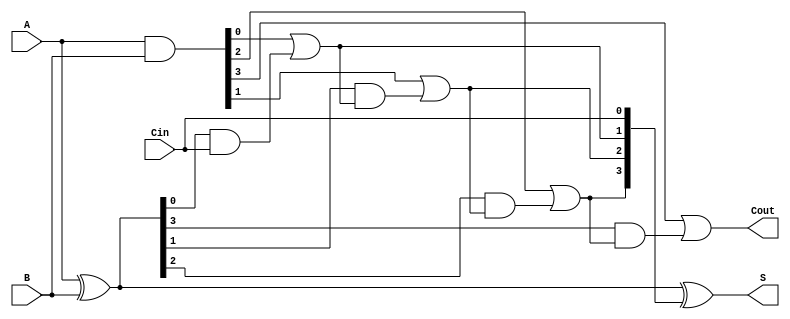
module ling_adder #(parameter n = 4) (
    input [n-1:0] A,    // First n-bit input
    input [n-1:0] B,    // Second n-bit input
    input Cin,          // Carry-in
    output [n-1:0] S,   // n-bit sum output
    output Cout         // Carry-out
);
    // Generate and propagate signals
    wire [n-1:0] G;     // Generate signals
    wire [n-1:0] P;     // Propagate signals
    wire [n:0] C;       // Carry signals (C[0] = Cin)

    // Generate and propagate logic
    assign G = A & B;               // G[i] = A[i] AND B[i]
    assign P = A ^ B;               // P[i] = A[i] XOR B[i]

    // Carry calculation
    assign C[0] = Cin;              // C[0] = Cin
    genvar i;
    generate
        for (i = 0; i < n; i = i + 1) begin : carry_calc
            if (i == 0) begin
                assign C[i + 1] = G[i] | (P[i] & C[i]); // C[i+1] = G[i] + P[i] * C[i]
            end else begin
                assign C[i + 1] = G[i] | (P[i] & C[i]); // C[i+1] = G[i] + P[i] * C[i-1]
            end
        end
    endgenerate

    // Sum calculation
    assign S = A ^ B ^ C[n-1:0];   // S[i] = A[i] XOR B[i] XOR C[i]

    // Carry-out
    assign Cout = C[n];             // Cout = C[n]

endmodule